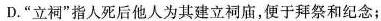
D. “立祠”指人死后他人为其建立祠庙，便于拜祭和纪念；